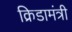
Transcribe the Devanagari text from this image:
क्रिडामंत्री